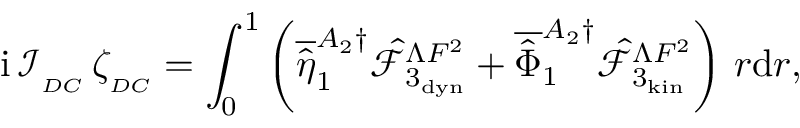
\mathrm { i } \, \mathcal { I } _ { _ { D C } } \, \zeta _ { _ { D C } } = \int _ { 0 } ^ { 1 } \left( \overline { { \hat { \eta } } } _ { 1 } ^ { A _ { 2 } \dagger } \hat { \mathcal { F } } _ { 3 _ { \mathrm { d y n } } } ^ { \Lambda F ^ { 2 } } + \overline { { \hat { \Phi } } } _ { 1 } ^ { A _ { 2 } \dagger } \hat { \mathcal { F } } _ { 3 _ { \mathrm { k i n } } } ^ { \Lambda F ^ { 2 } } \right) \, r \mathrm { d } r ,